Leaving Certificate Examination (including Day School Certificate (Higher) General paper), 1935
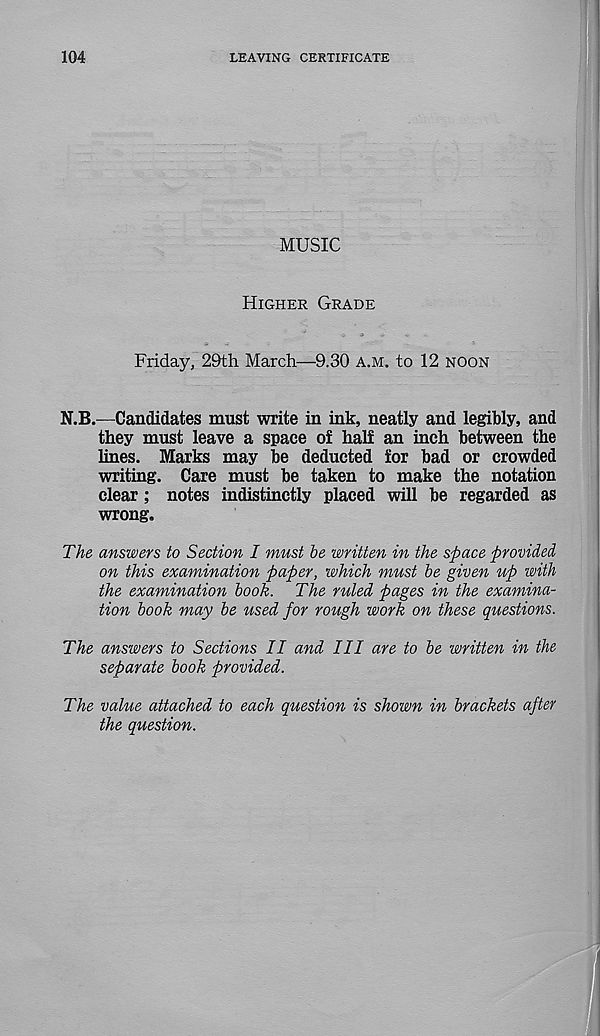
104
LEAVING CERTIFICATE
MUSIC
Higher Grade
Friday, 29th March—9.30 a.m. to 12 noon
N.B.—Candidates must write in ink, neatly and legibly, and
they must leave a space of half an inch between the
lines. Marks may be deducted for bad or crowded
writing. Care must be taken to make the notation
clear; notes indistinctly placed will be regarded as
wrong.
The answers to Section I must be written in the space provided
on this examination paper, which must be given up with
the examination book. The ruled pages in the examina-
tion book may be used for rough work on these questions.
The answers to Sections II and III are to be written in the
separate book provided.
The value attached to each question is shown in brackets after
the question.